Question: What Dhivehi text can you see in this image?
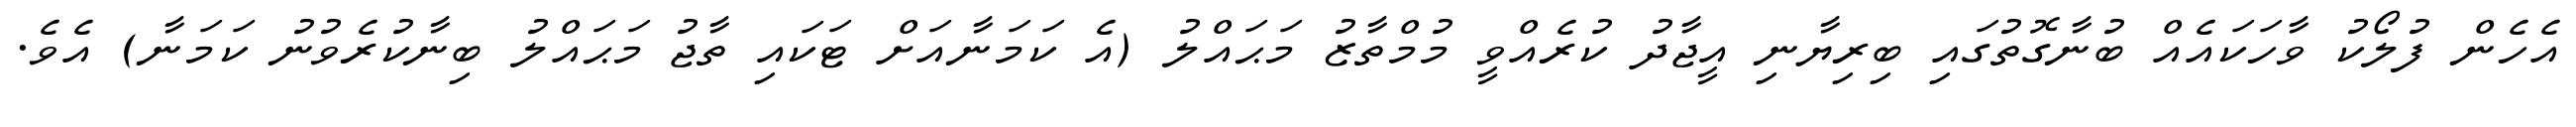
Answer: އެހެން ފުލޯކު ވާހަކައެއް ބުނާގޮތުގައި ބިރިޔާނި އީޖާދު ކުރެއްވީ މުމްތާޒު މަޙައްލު (އެ ކަމަނާއަށް ޓަކައި ތާޖު މަޙައްލު ބިނާކުރެވުނު ކަމަނާ) އެވެ.